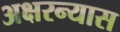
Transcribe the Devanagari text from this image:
अक्षरन्यास